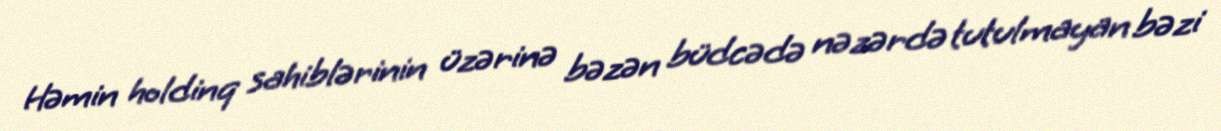
Həmin holdinq sahiblərinin üzərinə bəzən büdcədə nəzərdə tutulmayan bəzi